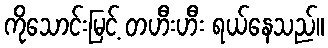
ကိုသောင်းမြင့် တဟီးဟီး ရယ်နေသည်။